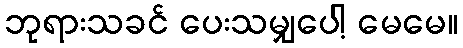
ဘုရားသခင် ပေးသမျှပေါ့ မေမေ။